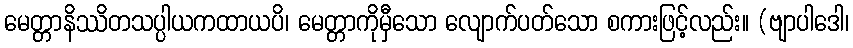
မေတ္တာနိဿိတသပ္ပါယကထာယပိ၊ မေတ္တာကိုမှီသော လျောက်ပတ်သော စကားဖြင့်လည်း။ (ဗျာပါဒေါ၊